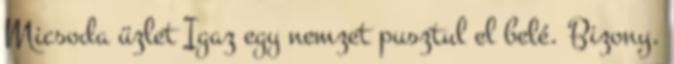
Micsoda üzlet Igaz egy nemzet pusztul el belé. Bizony.